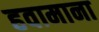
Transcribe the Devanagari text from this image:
हवामाना